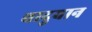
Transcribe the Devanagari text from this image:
वादुवान